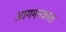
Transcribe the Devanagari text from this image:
आगमनकाल